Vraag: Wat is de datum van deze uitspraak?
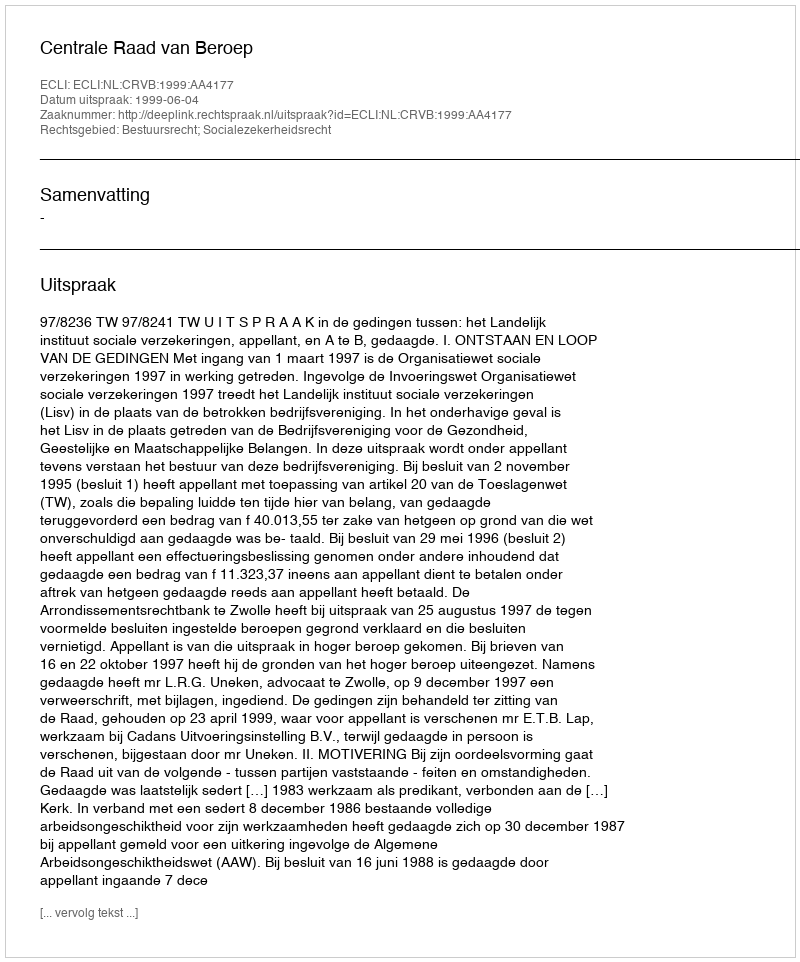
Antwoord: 1999-06-04